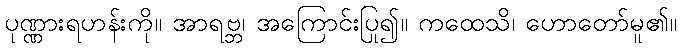
ပုဏ္ဏားရဟန်းကို။ အာရဗ္ဘ၊ အကြောင်းပြု၍။ ကထေသိ၊ ဟောတော်မူ၏။